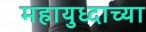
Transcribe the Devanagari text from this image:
महायुध्दाच्या